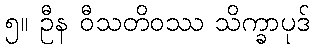
၅။ ဦန ဝီသတိဝဿ သိက္ခာပုဒ်